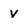
Character: V